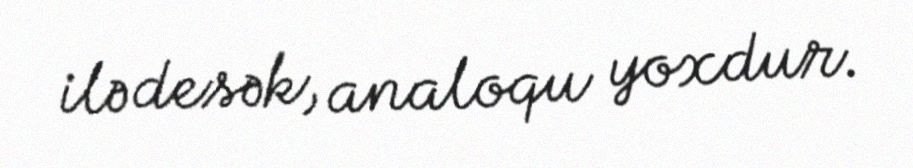
ilə desək, analoqu yoxdur.